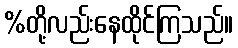
%တို့လည်းနေထိုင်ကြသည်။